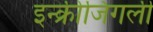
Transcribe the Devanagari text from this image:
इन्क्रीजिंगली